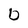
Character: b